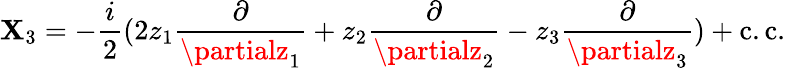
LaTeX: \mathbf{X}_{3}=-\frac{{i}}{{2}}(2z_{1}\frac{{\partial}}{{\partialz_{1}}}+z_{2}\frac{{\partial}}{{\partialz_{2}}}-z_{3}\frac{{\partial}}{{\partialz_{3}}})+\mathrm{{c.c}}.